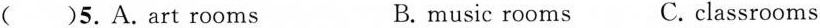
( )5.A.Art rooms B.music rooms C. classrooms